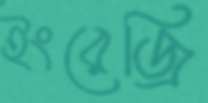
ইংরেজ্রি